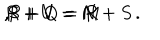
LaTeX: R + U = M \hspace { . 1 i n } , \hspace { . 1 i n } S + V = N \hspace { . 1 i n } , \hspace { . 1 i n } P + Q = R + S \, .